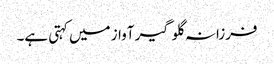
فرزانہ گلوگیر آواز میں کہتی ہے۔